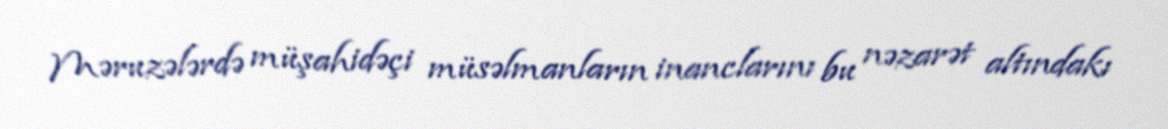
Məruzələrdə müşahidəçi müsəlmanların inanclarını bu nəzarət altındakı